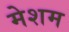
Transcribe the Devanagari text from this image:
मेशम